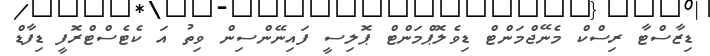
ޑިޒާސްޓާ ރިސްކް މެނޭޖްމަންޓް ޑިވެލޮޕްމަންޓް ޕޮލިސީ ފައިނޭންސިން ވިތު އަ ކެޓެސްޓްރޮފީ ޑިފާޑް